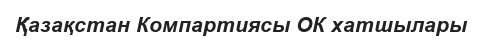
Қазақстан Компартиясы ОК хатшылары